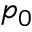
p _ { 0 }